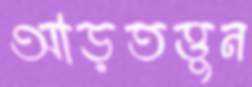
আড়তত্তুন